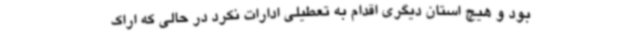
بود و هیچ استان دیگری اقدام به تعطیلی ادارات نکرد در حالی که اراک